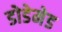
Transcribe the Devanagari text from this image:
डोडेमेड